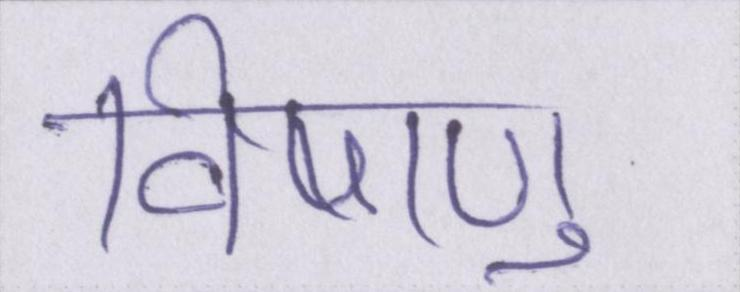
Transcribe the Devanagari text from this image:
विषाणु